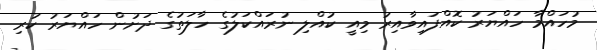
މުހައްމާ ހައްޔަރު ކޮއްފައިވާއިރު މިއީ ކުއްލި ނުރައްކަލުގެ ހާލަތުގެ ދަށުން ހައްޔަރު ކުރި